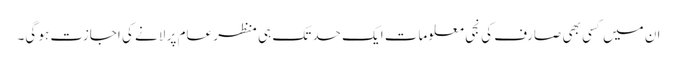
ان میں کسی بھی صارف کی نجی معلومات ایک حد تک ہی منظر عام پر لانے کی اجازت ہو گی۔